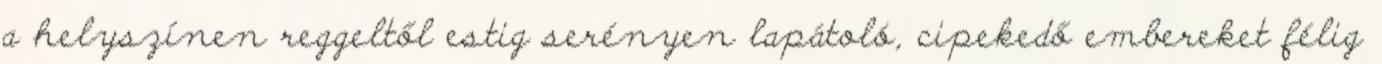
a helyszínen reggeltől estig serényen lapátoló, cipekedő embereket félig